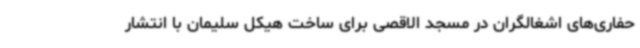
حفاری‌های اشغالگران در مسجد الاقصی برای ساخت هیکل سلیمان با انتشار